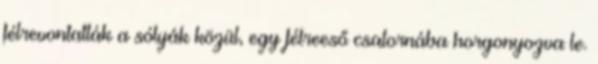
félrevontatták a sólyák közül, egy félreeső csatornába horgonyozva le.